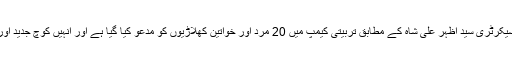
پاکستان سائیکلنگ فیڈریشن کے سیکرٹری سید اظہر علی شاہ کے مطابق تربیتی کیمپ میں 20 مرد اور خواتین کھلاڑیوں کو مدعو کیا گیا ہے اور انہیں کوچ جدید اور اعلی معیار کی تربیت دیں گے۔